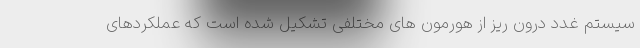
سیستم غدد درون ریز از هورمون های مختلفی تشکیل شده است که عملکردهای